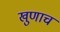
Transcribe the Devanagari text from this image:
खुणाच